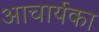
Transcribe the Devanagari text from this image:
अाचार्यका